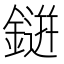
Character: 𮢭